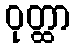
ဝုတ္ထာ